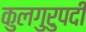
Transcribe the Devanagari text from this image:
कुलगुरुपदी